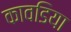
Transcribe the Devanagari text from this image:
कावडिया